Report of the Indian Hemp Drugs Commission, 1894-1895 - Volume VI
Year: 1894
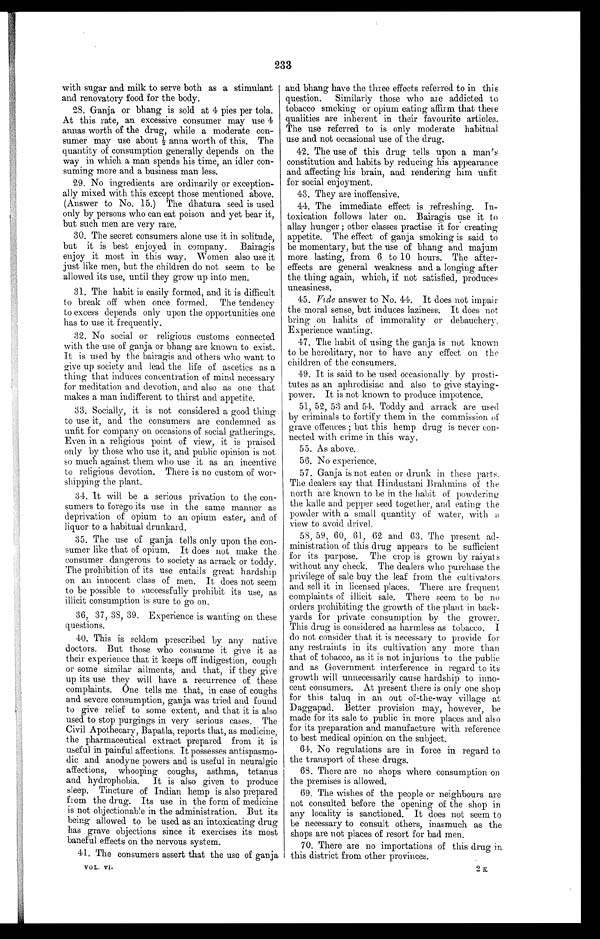
233
with sugar and milk to serve both as a stimulant
and renovatory food for the body.
28. Ganja or bhang is sold at 4 pies per tola.
At this rate, an excessive consumer may use 4
annas worth of the drug, while a moderate con-
sumer may use about ½a n n a w o r t h o f t h i s . T h e
quantity of consumption generally depends on the
way in which a man spends his time, an idler con-
suming more and a business man less.
29. No ingredients are ordinarily or exception-
ally mixed with this except those mentioned above.
(Answer to No. 15.) The dhatura seed is used
only by persons who can eat poison and yet bear it,
but such men are very rare.
30. The secret consumers alone use it in solitude,
but it is best enjoyed in company. Bairagis
enjoy it most in this way. Women also use it
just like men, but the children do not seem to be
allowed its use, until they grow up into men.
31. The habit is easily formed, and it is difficult
to break off when once formed. The tendency
to excess depends only upon the opportunities one
has to use it frequently.
32. No social or religious customs connected
with the use of ganja or bhang are known to exist.
It is used by the bairagis and others who want to
give up society and lead the life of ascetics as a
thing that induces concentration of mind necessary
for meditation and devotion, and also as one that
makes a man indifferent to thirst and appetite.
33. Socially, it is not considered a good thing
to use it, and the consumers are condemned as
unfit for company on occasions of social gatherings.
Even in a religious point of view, it is praised
only by those who use it, and public opinion is not
so much against them who use it as an incentive
to religious devotion. There is no custom of wor-
shipping the plant.
34. It will be a serious privation to the con-
sumers to forego its use in the same manlier as
deprivation of opium to an opium eater, and of
liquor to a habitual drunkard.
35. The use of ganja tells only upon the con-
sumer like that of opium. It does not make the
consumer dangerous to society as arrack or toddy.
The prohibition of its use entails great hardship
on an innocent class of men. It does not seem
to be possible to successfully prohibit its use, as
illicit consumption is sure to go on.
36, 37, 38, 39. Experience is wanting on these
questions.
40. This is seldom prescribed by any native
doctors. But those who consume it give it as
their experience that it keeps off indigestion, cough
or some similar ailments, and that, if they give
up its use they will have a recurrence of these
complaints. One tells me that, in case of coughs
and severe consumption, ganja was tried and found
to give relief to some extent, and that it is also
used to stop purgings in very serious cases. The
Civil Apothecary, Bapatla, reports that, as medicine,
the pharmaceutical extract prepared from it is
useful in painful affections. It possesses antispasmo-
dic and anodyne powers and is useful in neuralgic
affections, whooping coughs, asthma, tetanus
and hydrophobia. It is also given to produce
sleep. Tincture of Indian hemp is also prepared
from the drug. Its use in the form of medicine
is not objectionable in the administration. But its
being allowed to be used as an intoxicating drug
has grave objections since it exercises its most
baneful effects on the nervous system.
4 1 . T h e c o n s u m e r s a s s e r t t h a t t h e u s e o f g a n j a
and bhang have the three effects referred to in this
question. Similarly those who are addicted to
tobacco smoking or opium eating affirm that there
qualities are inherent in their favourite articles.
The use referred to is only moderate habitual
use and not occasional use of the drug.
42. The use of this drug tells upon a man's
constitution and habits by reducing his appearance
and affecting his brain, and rendering him unfit
for social enjoyment.
43. They are inoffensive.
44. The immediate effect is refreshing. In-
toxication follows later on. Bairagis use it to
allay hunger ; other classes practise it for creating
appetite. The effect of ganja smoking is said to
be momentary, but the use of bhang and majum
more lasting, from 6 to 10 hours. The after-
effects are general weakness and a longing after
the thing again, which, if not satisfied, produces
uneasiness.
45. Vide answer to No. 44. It does not impair
the moral sense, but induces laziness. It does not
bring on habits of immorality or debauchery.
Experience wanting.
47. The habit of using the ganja is not known
to be hereditary, nor to have any effect on the
children of the consumers.
49. It is said to be used occasionally by prosti-
tutes as an aphrodisiac and. also to give staying-
power. It is not known to produce impotence.
51, 52, 53 and 54. Toddy and arrack are used
by criminals to fortify them in the commission of
grave offences ; but this hemp drug is never con-
nected with crime in this way.
5 5 . A s a b o v e .
5 6 . N o e x p e r i e n c e .
57. Ganja is not eaten or drunk in these parts.
The dealers say that Hindustani Brahmins of the
north are known to be in the habit of powdering
the kalle and pepper seed together, and eating the
powder with a small quantity of water, with a
view to avoid drivel.
58, 59, 60, 61, 62 and 63. The present ad-
ministration of this drug appears to be sufficient
for its purpose. The crop is grown by raiyats
without any check. The dealers who purchase the
privilege of sale buy the leaf from the cultivators
and sell it in licensed places. There are frequent
complaints of illicit sale. There seem to be no
orders prohibiting the growth of the plant in back-
yards for private consumption by the grower.
This drug is considered as harmless as tobacco. I
do not consider that it is necessary to provide for
any restraints in its cultivation any more than
that of tobacco, as it is not injurious to the public
and as Government interference in regard to its
growth will unnecessarily cause hardship to inno-
cent consumers. At present there is only one shop
for this taluq in an out of-the-way village at
Daggapad. Better provision may, however, be
made for its sale to public in more places and also
for its preparation and manufacture with reference
to best medical opinion on the subject.
64. No regulations are in force in regard to
the transport of these drugs.
68. There are no shops where consumption on
the premises is allowed.
69. The wishes of the people or neighbours are
not consulted before the opening of the shop in
any locality is sanctioned. It does not seem to
be necessary to consult others, in as much as the
shops are not places of resort for bad men.
70. There are no importations of this drug in
this district from other provinces.
2 K
VOL. VI.